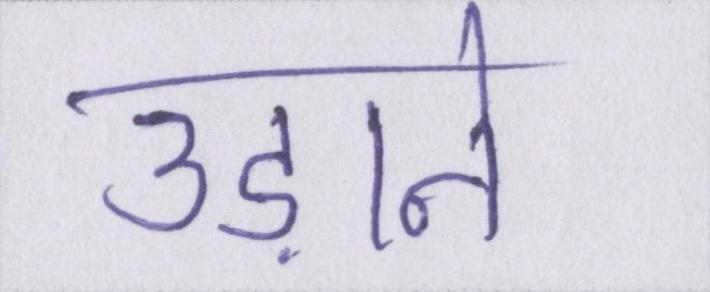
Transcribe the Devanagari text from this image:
उड़ाने